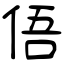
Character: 俉